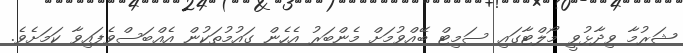
ޝަރުމާ ވިދާޅުވީ މޯލްޓާގައި ސަމިޓް ބޭއްވުމަށް މެންބަރު އެހެން ގައުމުތަކުން އެއްބަސްވެފައިވާ ކަމަށެވެ.